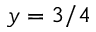
y = 3 / 4